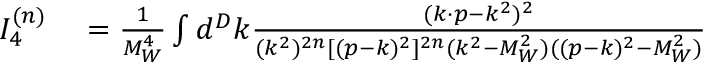
\begin{array} { r l } { I _ { 4 } ^ { ( n ) } } & { { } = \frac { 1 } { M _ { W } ^ { 4 } } \int d ^ { D } k \frac { ( k \cdot p - k ^ { 2 } ) ^ { 2 } } { ( k ^ { 2 } ) ^ { 2 n } [ ( p - k ) ^ { 2 } ] ^ { 2 n } ( k ^ { 2 } - M _ { W } ^ { 2 } ) ( ( p - k ) ^ { 2 } - M _ { W } ^ { 2 } ) } } \end{array}